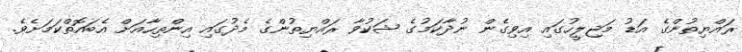
ރައްޔިތުންގެ އަޑު މަޖިލީހުގައި އިވިގެން ނުދާކަމުގެ ޝަކުވާ ރައްޔިތުންގެ މެދުގައި އިންތިހާއަށް އެބައޮތްކަމަށެވެ.